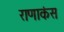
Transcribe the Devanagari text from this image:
राणाकंस